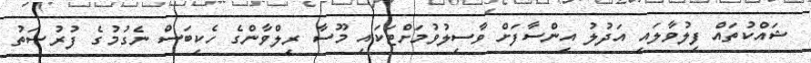
ޝައްކުތައް ފިލުވާލައި އަދުލު އިންސާފަށް ވާސިލުވުމަށްޓަކައި މޫސާ ރިލްވާންގެ ހެކިބަސް ނެގުމުގެ ފުރުޞަތު